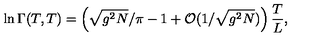
\ln \Gamma ( T , T ) = \left( \sqrt { g ^ { 2 } N } / \pi - 1 + { \cal O } ( 1 / \sqrt { g ^ { 2 } N } ) \right) \frac { T } { L } ,